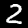
Label: 2